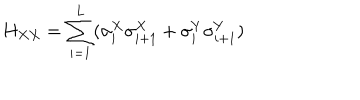
H _ { X X } = \sum _ { i = 1 } ^ { L } ( \sigma _ { i } ^ { X } \sigma _ { i + 1 } ^ { X } + \sigma _ { i } ^ { Y } \sigma _ { i + 1 } ^ { Y } )